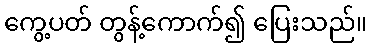
ကွေ့ပတ် တွန့်ကောက်၍ ပြေးသည်။